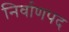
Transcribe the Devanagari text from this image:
निर्वाणपद